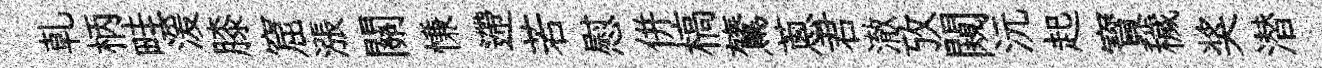
乹柄畦湲膝窟漲關慊遰若慰併槁鷟蔥君澈攷闚沅起寳穢奖潜